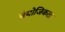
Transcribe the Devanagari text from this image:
संयोजिकता